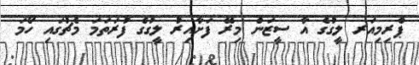
ޕްރިމިއަރ ލީގުގެ އާ ސީޒަން މިރޭ ފަށާއިރު ލީގުގެ ފުރަތަމަ މެޗުގައި ހޯމަ